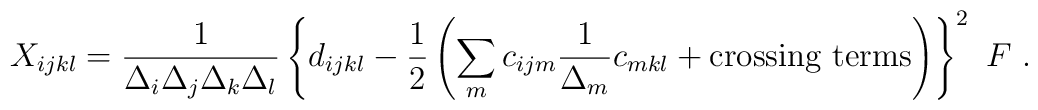
X_{ijkl} = {1 \over \Delta_i\Delta_j\Delta_k\Delta_l}\left\{ d_{ijkl} - {1\over2} \left(\sum_m c_{ijm} {1\over \Delta_m} c_{mkl}+ \hbox{crossing terms} \right) \right\}^2 \ F\ .